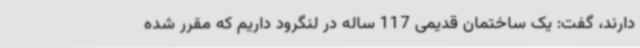
دارند، گفت: یک ساختمان قدیمی 117 ساله در لنگرود داریم که مقرر شده